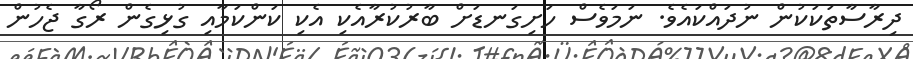
ދިރާސާތަކަކުން ނުދައްކައެވެ. ނަމަވެސް ހަށިގަނޑަށް ބާރުކުރާއެކި އެކި ކަންކަމާއި ގުޅިގެން ރޯގާ ޖެހުން